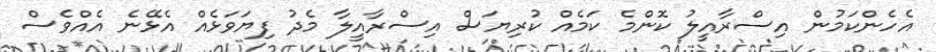
އެހެންކަމުން އިސްރާއީލު ކޮންމެ ކަމެއް ކުރިޔަސް އިސްރާއީލާ މެދު ފިޔަވަޅެއް އެޅޭނެ އެއްވެސް